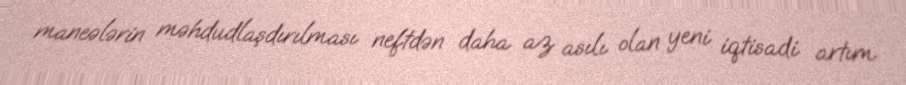
maneələrin məhdudlaşdırılması neftdən daha az asılı olan yeni iqtisadi artım